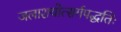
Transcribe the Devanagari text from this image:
जलाशयोत्सर्गपद्धतिः